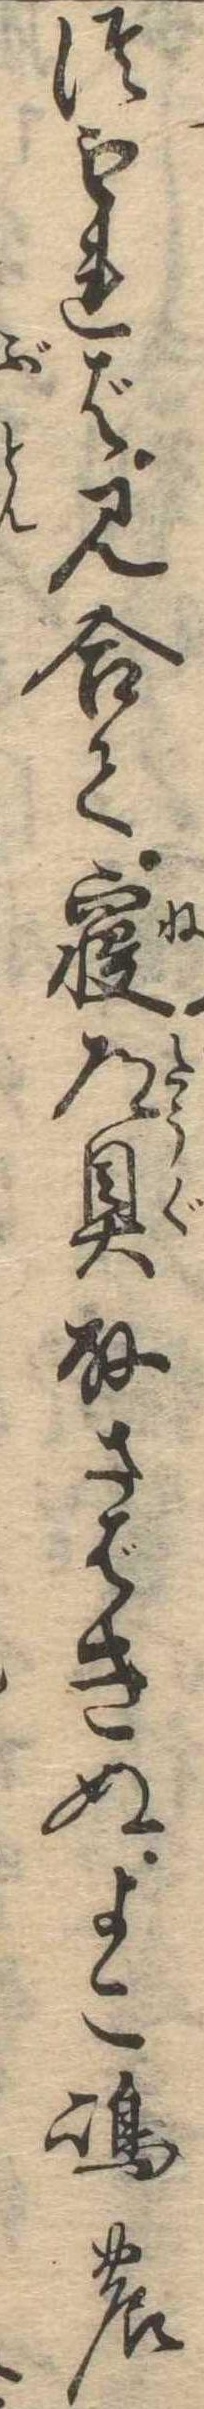
つもれば見合て寝道具取さばきぬよこ島の